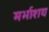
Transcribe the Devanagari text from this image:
मर्भाशय